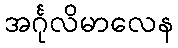
အင်္ဂုလိမာလေန